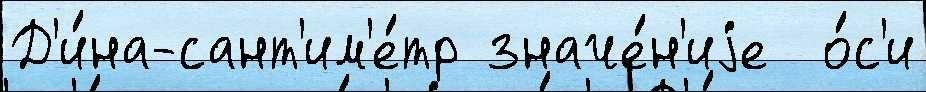
Д'и́на-сант'им'е́тр значе́н'иjе  о́с'и